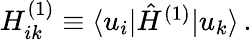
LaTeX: \begin{array}{r}{H_{ik}^{(1)}\equiv\langle u_{i}|\hat{H}^{(1)}|u_{k}\rangle\, .}\end{array}